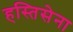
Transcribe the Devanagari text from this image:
हस्तिसेना